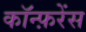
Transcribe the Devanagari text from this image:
काॅन्फ़रेंस